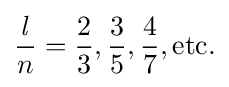
{{\mathit {l}} \over n}={2 \over 3},{3 \over 5},{4 \over 7},{\mbox{etc.}}